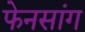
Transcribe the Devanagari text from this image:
फेनसांग